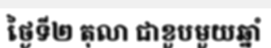
ថ្ងៃទី២ តុលា ជាខួបមួយឆ្នាំ